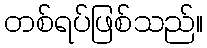
တစ်ရပ်ဖြစ်သည်။